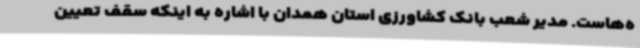
ه‌هاست. مدیر شعب بانک کشاورزی استان همدان با اشاره به اینکه سقف تعیین